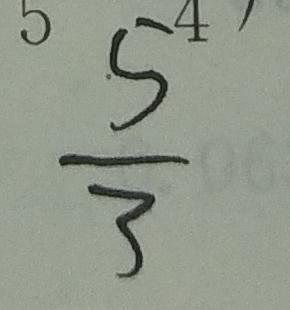
\frac { 5 } { 3 }